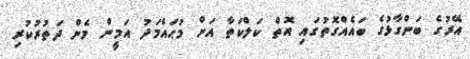
އޭރުގެ ބަންގާޅުގެ ބައެއްގޮތުގައި އޮތް ކަލްކަތާ އަށް މުޙައްމަދު އަމީން މެން ދަތުރުކުރި